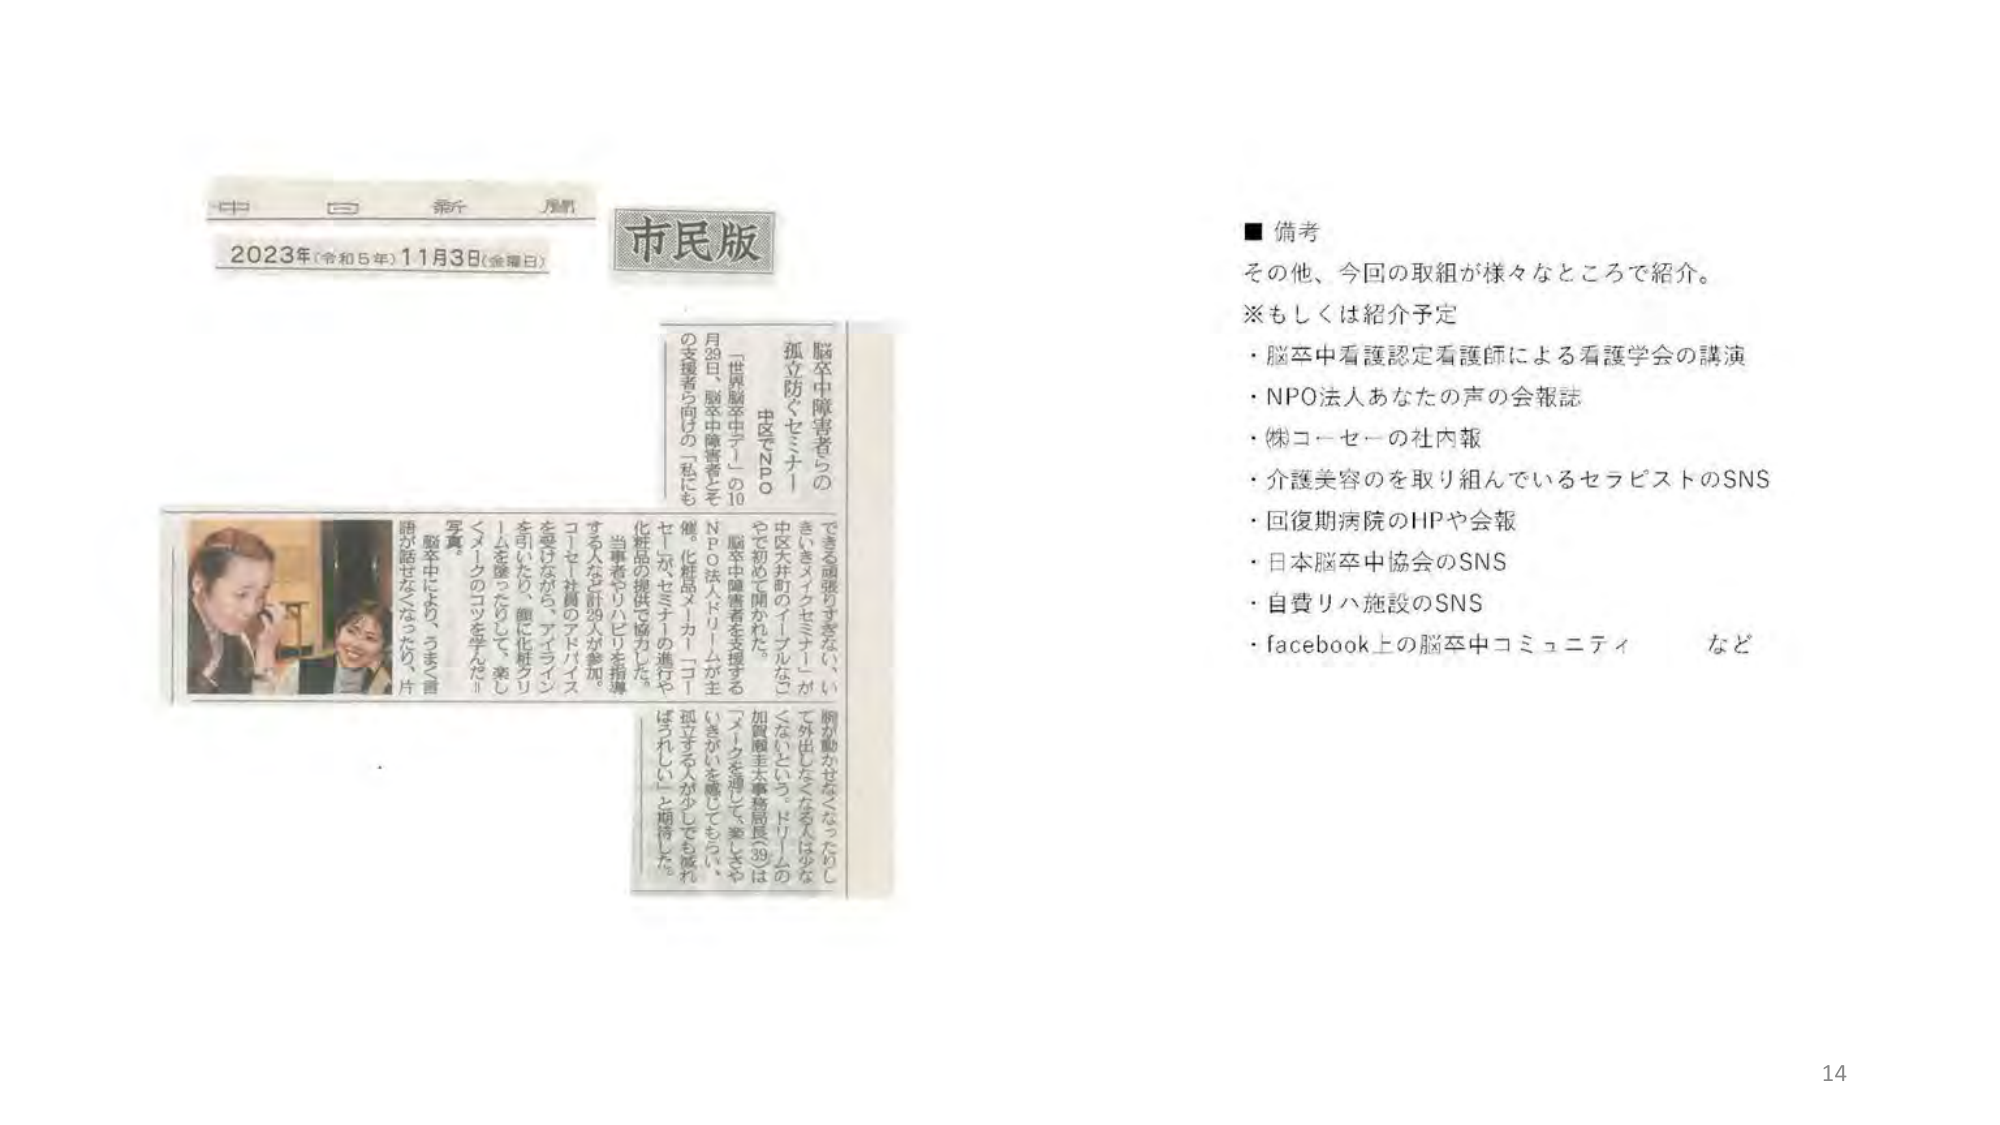
中 日 新 聞
2023年（令和5年）11月3日（金曜日）
市民版

脳卒中障害者らの
孤立防ぐセミナー
中区でNPO

一世界脳卒中デーの10
月29日、脳卒中障害者らを
の支援者ら向けの「私にも
できる関わりすぎない、い
きいきスイッチセミナー」が
中区大井町のインプルなご
やで初めて開かれた。
脳卒中障害者を支援する
NPO法人パトリームが主
催。化粧品メーカー・コー
セーが、セミナーの進行や
化粧品の提供で協力した。
当事者やリハビリを指導
する人など計29人が参加。
コーセー社員のアドバイス
を受けながら、アイライズ
を引いたなら、顔に化粧グリ
ームを塗ったりして、楽し
くメイクのコツを学んだ。
写真。
脳卒中により、うまく言
語が話せなくなったため、片
腕が動かせなくなったのでし
て外出したくなる人は少な
くないという。パトリームの
加賀屋圭太事務局長（39）は
「メイクを通して、楽しさや
いきがいを感じてもらい、
孤立する人が少しでも減れ
ばうれしい」と期待した。

■備考
その他、今回の取組が様々なところで紹介。
※もしくは紹介予定
・脳卒中看護認定看護師による看護学会の講演
・NPO法人あなたの声の会報誌
・㈱コーセーの社内報
・介護美容のを取り組んでいるセラピストのSNS
・回復期病院のHPや会報
・日本脳卒中協会のSNS
・自費リハ施設のSNS
・facebook上の脳卒中コミュニティ など

14